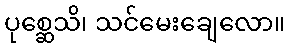
ပုစ္ဆေသိ၊ သင်မေးချေလော။